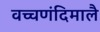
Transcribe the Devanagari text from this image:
वच्चणंदिमालै